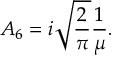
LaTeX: { \cal A } _ { 6 } = i \sqrt { \frac { 2 } { \pi } } \frac { 1 } { \mu } .